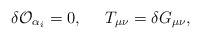
\begin{align*}\delta {\cal O}_{\alpha_i} = 0,\;\;\;\;\;T_{\mu\nu} = \delta G_{\mu\nu},\end{align*}